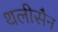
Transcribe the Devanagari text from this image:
थलीसैन